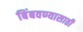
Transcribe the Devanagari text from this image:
बिंबवण्यासाठी